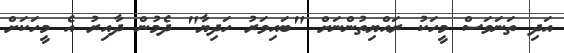
އަދި ތަނަވަސް މީހަކު ރައްޔިތުންނަށް "ބައިވަރު ހަދިޔާ" ދެމުން ދާއިރު އެ މީހަކަށް